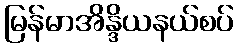
မြန်မာအိန္ဒိယနယ်စပ်